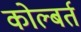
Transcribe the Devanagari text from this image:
कोल्बर्त